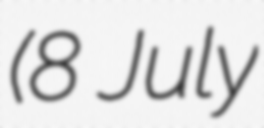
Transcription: (8 July